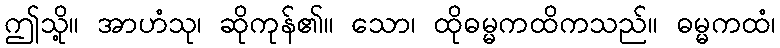
ဤသို့။ အာဟံသု၊ ဆိုကုန်၏။ သော၊ ထိုဓမ္မကထိကသည်။ ဓမ္မကထံ၊